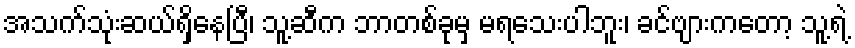
အသက်သုံးဆယ်ရှိနေပြီ၊ သူ့ဆီက ဘာတစ်ခုမှ မရသေးပါဘူး၊ ခင်ဗျားကတော့ သူ့ရဲ့